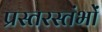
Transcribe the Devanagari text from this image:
प्रस्तरस्तंभों